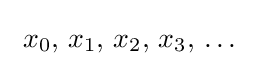
\ x_{0},\,x_{1},\,x_{2},\,x_{3},\,\dots \